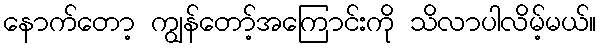
နောက်တော့ ကျွန်တော့်အကြောင်းကို သိလာပါလိမ့်မယ်။